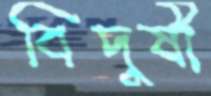
বিদুষী